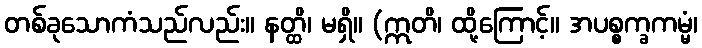
တစ်ခုသောကံသည်လည်း။ နတ္ထိ၊ မရှိ။ (ဣတိ၊ ထို့ကြောင့်။ အပစ္စက္ခကမ္မံ၊